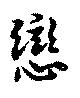
戀